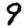
Digit: 9